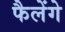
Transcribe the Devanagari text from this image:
फैलेंगे